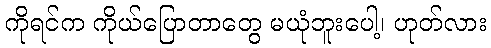
ကိုရင်က ကိုယ်ပြောတာတွေ မယုံဘူးပေါ့၊ ဟုတ်လား